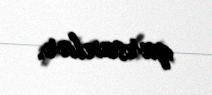
qursunlar.